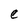
Character: e